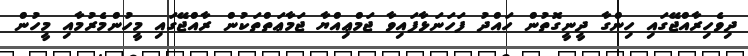
ދިވެހިރާއްޖޭގައި ހިންގާ ދީނީގޮތުން ހައްދު ފަހަނަޅާފައިވާ ޖަމްޢިއްޔާ ޖަމާޢަތްތަކުން ރާއްޖޭގައި މީހުންމެރުމާއި މީހުން